Civil Veterinary Department Bengal reports 1933-51 - 1933-1951
Year: 1933
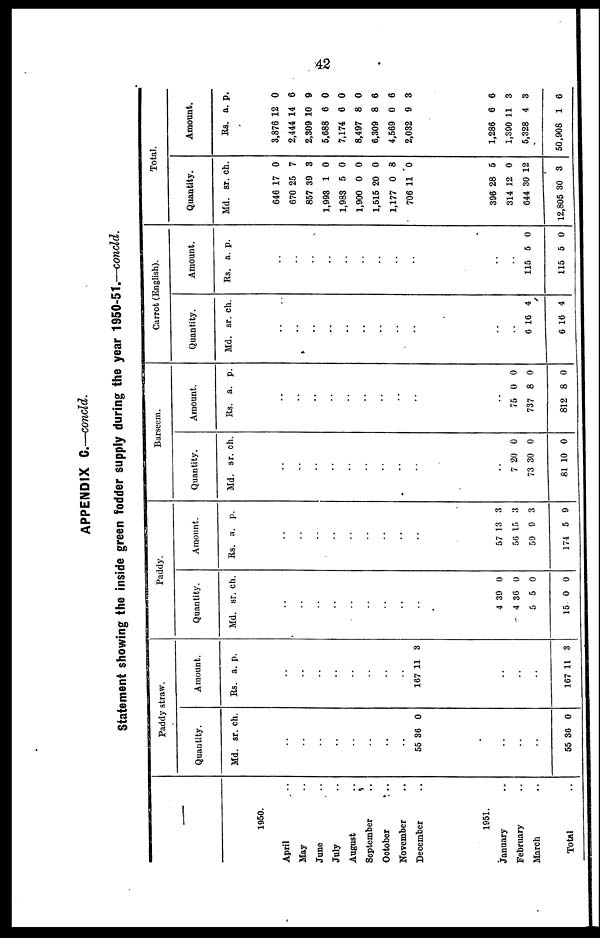
42
APPENDIX C.—concld.
Statement showing the inside green fodder supply during the year 1950-51.—concld.
1950.
April ..
May ..
June ..
July ..
August ..
September ..
October ..
November ..
December ..
1951.
January ..
February ..
March ..
Total ..
Paddy straw.
Quantity.
Md.
..
..
..
..
..
..
..
..
55
..
..
..
55
sr.
36
36
ch.
0
0
Amount.
Rs.
..
..
..
..
..
..
..
..
167
..
..
..
167
a.
11
11
p.
3
3
Paddy.
Quantity.
Md.
..
..
..
..
..
..
..
..
..
4
4
5
15
sr.
39
36
5
0
ch.
0
0
0
0
Amount.
Rs.
..
..
..
..
..
..
..
..
..
57
56
59
174
a.
13
15
9
5
p.
3
3
3
9
Barseem.
Quantity.
Md.
..
..
..
..
..
..
..
..
..
..
7
73
81
sr.
20
30
10
ch.
0
0
0
Amount.
Rs.
..
..
..
..
..
..
..
..
..
..
75
737
812
a.
0
8
8
p.
0
0
0
Carrot (English).
Quantity.
Md.
..
..
..
..
..
..
..
..
..
..
..
6
6
sr.
16
16
ch.
4
4
Amount.
Rs.
..
..
..
..
..
..
..
..
..
..
..
115
115
a.
5
5
p.
0
0
Total.
Quantity.
Md.
646
670
857
1,993
1,983
1,900
1,515
1,177
706
396
314
644
12,805
sr.
17
25
39
1
5
0
20
0
11
28
12
30
30
ch.
0
7
3
0
0
0
0
8
0
5
0
12
3
Amount.
Rs.
3,876
2,444
2,309
5,688
7,174
8,497
6,309
4,569
2,032
1,286
1,390
5,328
50,908
a.
12
14
10
6
6
8
8
0
9
6
11
4
1
p.
0
6
8
0
0
0
6
6
3
6
3
3
6